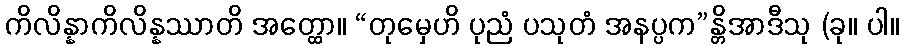
ကိလိန္နာကိလိန္နဿာတိ အတ္ထော။ “တုမှေဟိ ပုညံ ပသုတံ အနပ္ပက”န္တိအာဒီသု (ခု။ ပါ။